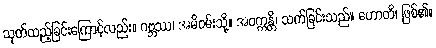
သုတ်ထည့်ခြင်းကြောင့်လည်း။ ဂဗ္ဘဿ၊ အမိဝမ်းသို့။ အဝက္ကန္တိ၊ သက်ခြင်းသည်။ ဟောတိ၊ ဖြစ်၏။